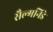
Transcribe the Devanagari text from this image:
सैल्मनिडे